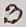
Text: B